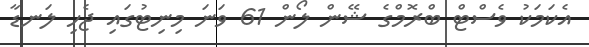
އެކަމަކު ވެސްޓް ބްރޮމްގެ ޝޭން ލޯން 61 ވަނަ މިނިޓުގައި ޖެހި ލަނޑާ